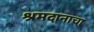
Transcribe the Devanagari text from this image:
श्रमदानाचा